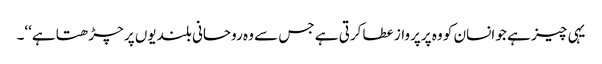
یہی چیز ہے جو انسان کو وہ پرپرواز عطا کرتی ہے جس سے وہ روحانی بلندیوں پر چڑھتا ہے‘‘۔